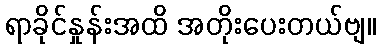
ရာခိုင်နှုန်းအထိ အတိုးပေးတယ်ဗျ။